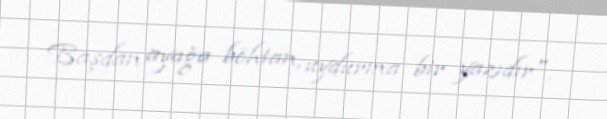
Başdan ayağa böhtan, uydurma bir yazıdır".